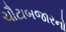
ચૌટાબજારનો